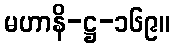
မဟာနိ-ဋ္ဌ-၁၆၉။